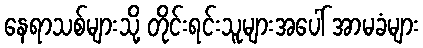
နေရာသစ်များသို့ တိုင်းရင်းသူများအပေါ် အာမခံများ